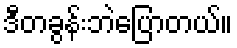
ဒီတခွန်းဘဲပြောတယ်။